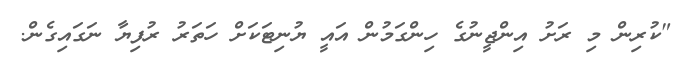
"ކުރިން މި ރަށު އިންޖީނުގެ ހިންގަމުން އައީ ޔުނިޓަކަށް ހަތަރު ރުފިޔާ ނަގައިގެން.